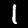
Digit: 1